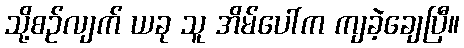
သို့စဉ်လျက် ယခု သူ အိမ်ပေါ်က ကျခဲ့ချေပြီ။